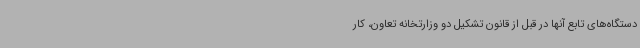
دستگاه‌های تابع آنها در قبل از قانون تشکیل دو وزارتخانه تعاون، کار